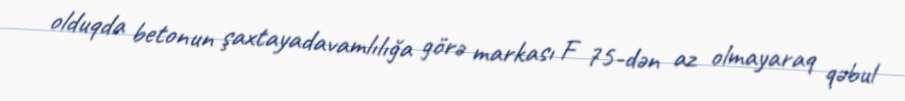
olduqda betonun şaxtayadavamlılığa görə markası F 75-dən az olmayaraq qəbul